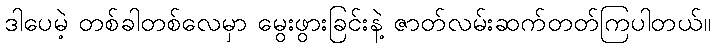
ဒါပေမဲ့ တစ်ခါတစ်လေမှာ မွေးဖွားခြင်းနဲ့ ဇာတ်လမ်းဆက်တတ်ကြပါတယ်။